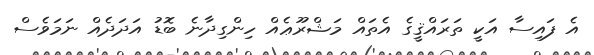
އެ ފައިސާ އަކީ ތަރައްޤީގެ އެތައް މަޝްރޫޢެއް ހިންގިދާނެ ބޮޑު އަދަދެއް ނަމަވެސް